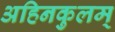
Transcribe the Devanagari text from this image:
अहिनकुलम्